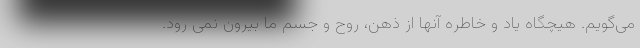
می‌گویم. هیچگاه یاد و خاطره آنها از ذهن، روح و جسم ما بیرون نمی رود.